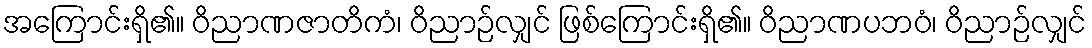
အကြောင်းရှိ၏။ ဝိညာဏဇာတိကံ၊ ဝိညာဉ်လျှင် ဖြစ်ကြောင်းရှိ၏။ ဝိညာဏပဘဝံ၊ ဝိညာဉ်လျှင်